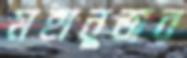
মহানুভাব